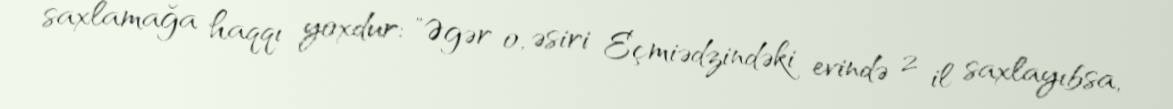
saxlamağa haqqı yoxdur: "Əgər o, əsiri Eçmiədzindəki evində 2 il saxlayıbsa,